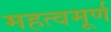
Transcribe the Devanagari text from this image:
महत्वमूर्ण